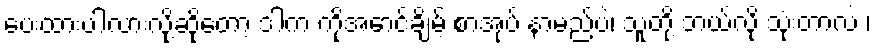
ပေးထားပါလားလို့ဆိုတော့ ဒါက ကိုအောင်ချိမ့် စာအုပ် နာမည်ပဲ၊ သူတို့ ဘယ်လို သုံးတာလဲ ၊